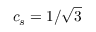
c _ { s } = 1 / \sqrt { 3 }